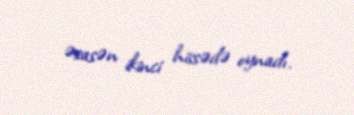
əsasən ikinci hissədə oynadı.